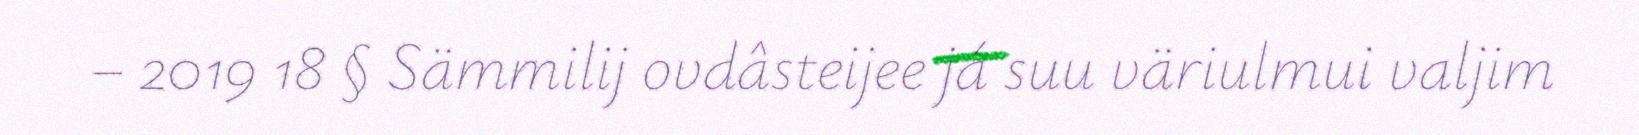
– 2019 18 § Sämmilij ovdâsteijee já suu väriulmui valjim